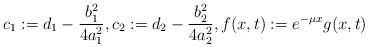
\begin{align*} c_{1} := d_{1} - \frac{b_{1}^{2}}{4 a_{1}^{2}}, c_{2} := d_{2} - \frac{b_{2}^{2}}{4 a_{2}^{2}}, f(x, t) := e^{-\mu x} g(x, t) \end{align*}